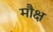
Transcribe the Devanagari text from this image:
मौक्ष